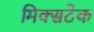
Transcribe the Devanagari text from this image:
मिक्सटेक